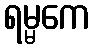
ရမ္မကေ